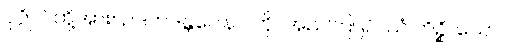
ပုဂ္ဂိုလ်တို့အား။ ဥဒကဒန္တပေါနာ၊ ကို။ အညတြ၊ ၍။ ယံ ကိဉ္စိ၊ သော။